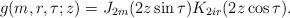
LaTeX: \begin{align*}g(m,r,\tau;z)=J_{2m}(2z\sin\tau)K_{2ir}(2z\cos\tau).\end{align*}